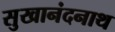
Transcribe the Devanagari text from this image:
सुखानंदनाथ